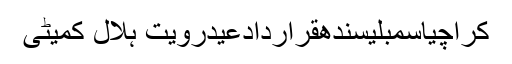
کراچیاسمبلیسندھقراردادعیدرویت ہلال کمیٹی